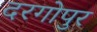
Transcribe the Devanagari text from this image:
दरगोपुर